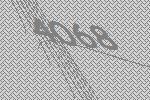
4068